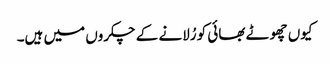
کیوں چھوٹے بھائی کو رُلانے کے چکروں میں ہیں۔